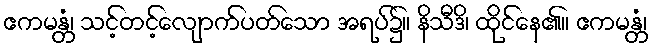
ဧကမန္တံ၊ သင့်တင့်လျောက်ပတ်သော အရပ်၌။ နိသီဒိ၊ ထိုင်နေ၏။ ဧကမန္တံ၊